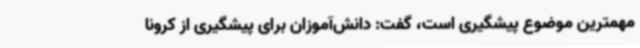
مهمترین موضوع پیشگیری است، گفت: دانش‌آموزان برای پیشگیری از کرونا